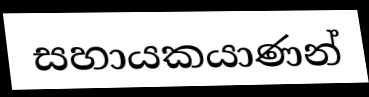
සහායකයාණන්